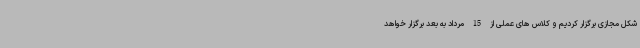
شکل مجازی برگزار کردیم و کلاس های عملی از 15 مرداد به بعد برگزار خواهد